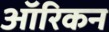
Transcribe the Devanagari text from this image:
ऑरिकन